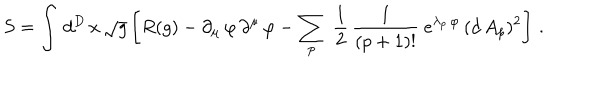
LaTeX: S = \int \, d ^ { D } \, x \, \sqrt { g } \left[ R ( g ) - \partial _ { \mu } \, \varphi \, \partial ^ { \mu } \, \varphi - \sum _ { p } \ \frac { 1 } { 2 } \, \frac { 1 } { ( p + 1 ) ! } \ e ^ { \lambda _ { p } \, \varphi } \, ( d \, A _ { p } ) ^ { 2 } \right] \, .